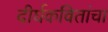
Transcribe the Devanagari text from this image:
दीर्घकवितांचा